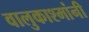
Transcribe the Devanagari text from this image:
वालुकाश्मांनी